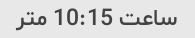
ساعت 10:15 متر